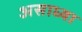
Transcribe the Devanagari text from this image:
असाध्या